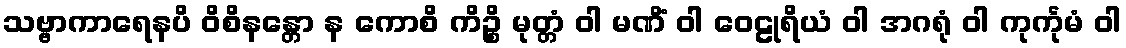
သဗ္ဗာကာရေနပိ ဝိစိနန္တော န ကောစိ ကိဉ္စိ မုတ္တံ ဝါ မဏိံ ဝါ ဝေဠုရိယံ ဝါ အဂရုံ ဝါ ကုင်္ကုမံ ဝါ